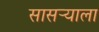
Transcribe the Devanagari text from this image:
सासर्‍याला